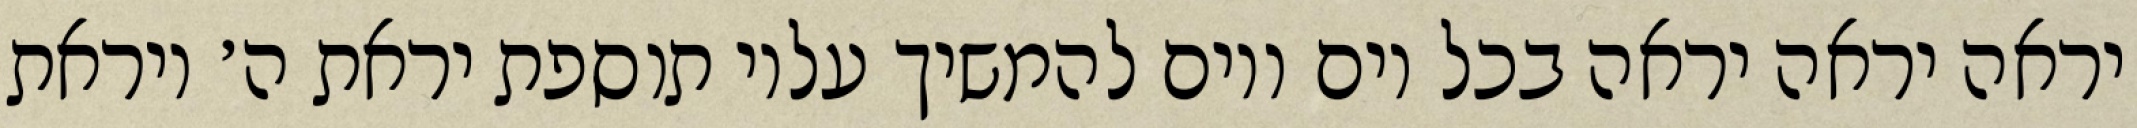
יראה יראה יראה בכל יום ויום להמשיך עליו תוספת יראת ה׳ ויראת